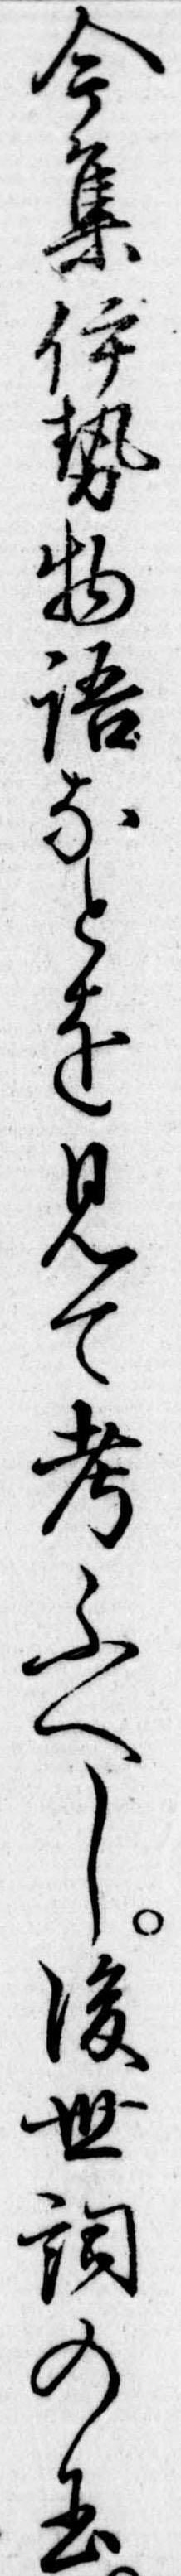
今集伊勢物語なとを見て考ふへし後世詞の玉